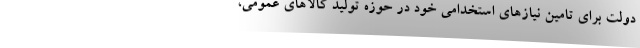
دولت برای تامین نیازهای استخدامی خود در حوزه تولید کالاهای عمومی،